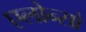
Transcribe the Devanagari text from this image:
एलोन्सो